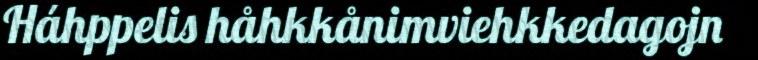
Háhppelis håhkkånimviehkkedagojn